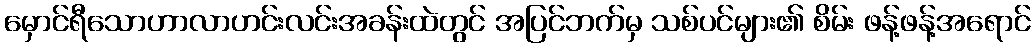
မှောင်ရီသောဟာလာဟင်းလင်းအခန်းထဲတွင် အပြင်ဘက်မှ သစ်ပင်များ၏ စိမ်း ဖန့်ဖန့်အရောင်